Indian journal of veterinary science and animal husbandry - Volumes 28-29, 1958-1959
Year: 1958
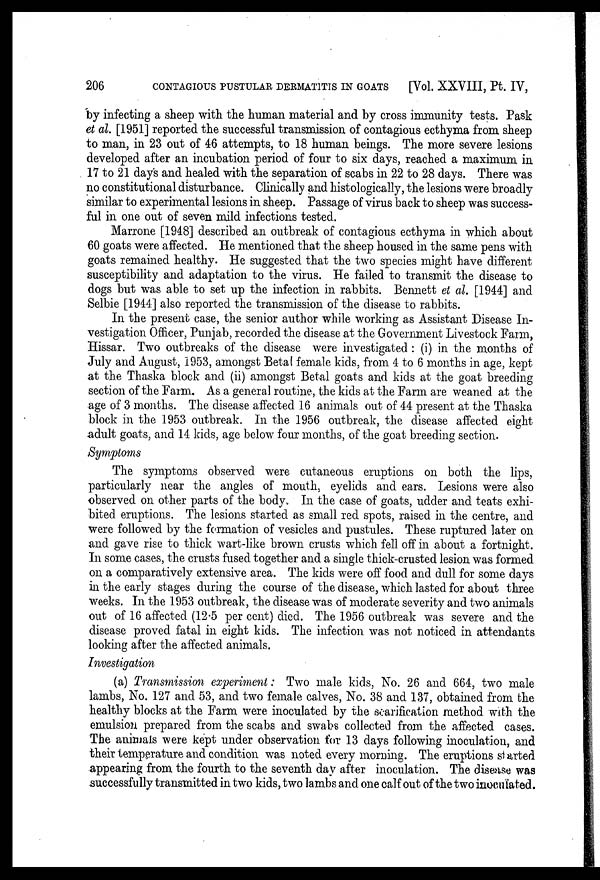
206
CONTAGIOUS PUSTULAR DERMATITIS IN GOATS
[Vol. XXVIII, Pt. IV,
by infecting a sheep with the human material and by cross immunity tests. Pask
et al. [1951] reported the successful transmission of contagious ecthyma from sheep
to man, in 23 out of 46 attempts, to 18 human beings. The more severe lesions
developed after an incubation period of four to six days, reached a maximum in
17 to 21 days and healed with the separation of scabs in 22 to 28 days. There was
no constitutional disturbance. Clinically and histologically, the lesions were broadly
similar to experimental lesions in sheep. Passage of virus back to sheep was success-
ful in one out of seven mild infections tested.
Marrone [1948] described an outbreak of contagious ecthyma in which about
60 goats were affected. He mentioned that the sheep housed in the same pens with
goats remained healthy. He suggested that the two species might have different
susceptibility and adaptation to the virus. He failed to transmit the disease to
dogs but was able to set up the infection in rabbits. Bennett et al. [1944] and
Selbie [1944] also reported the transmission of the disease to rabbits.
In the present case, the senior author while working as Assistant Disease In-
vestigation Officer, Punjab, recorded the disease at the Government Livestock Farm,
Hissar. Two outbreaks of the disease were investigated : (i) in the months of
July and August, 1953, amongst Betal female kids, from 4 to 6 months in age, kept
at the Thaska block and (ii) amongst Betal goats and kids at the goat breeding
section of the Farm. As a general routine, the kids at the Farm are weaned at the
age of 3 months. The disease affected 16 animals out of 44 present at the Thaska
block in the 1953 outbreak. In the 1956 outbreak, the disease affected eight
adult goats, and 14 kids, age below four months, of the goat breeding section.
Symptoms
The symptoms observed were cutaneous eruptions on both the lips,
particularly near the angles of mouth, eyelids and ears. Lesions were also
observed on other parts of the body. In the case of goats, udder and teats exhi-
bited eruptions. The lesions started as small red spots, raised in the centre, and
were followed by the formation of vesicles and pustules. These ruptured later on
and gave rise to thick wart-like brown crusts which fell off in about a fortnight.
In some cases, the crusts fused together and a single thick-crusted lesion was formed
on a comparatively extensive area. The kids were off food and dull for some days
in the early stages during the course of the disease, which lasted for about three
weeks. In the 1953 outbreak, the disease was of moderate severity and two animals
out of 16 affected (12.5 per cent) died. The 1956 outbreak was severe and the
disease proved fatal in eight kids. The infection was not noticed in attendants
looking after the affected animals.
Investigation
(a) Transmission experiment: Two male kids, No. 26 and 664, two male
lambs, No. 127 and 53, and two female calves, No. 38 and 137, obtained from the
healthy blocks at the Farm were inoculated by the scarification method with the
emulsion prepared from the scabs and swabs collected from the affected cases.
The animals were kept under observation for 13 days following inoculation, and
their temperature and condition was noted every morning. The eruptions started
appearing from the fourth to the seventh day after inoculation. The disease was
successfully transmitted in two kids, two lambs and one calf out of the two inoculated.